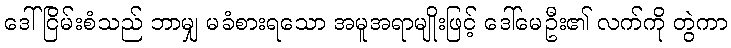
ဒေါ်ငြိမ်းစံသည် ဘာမျှ မခံစားရသော အမူအရာမျိုးဖြင့် ဒေါ်မေဦး၏ လက်ကို တွဲကာ